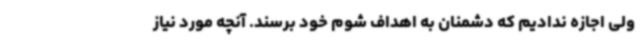
ولی اجازه ندادیم که دشمنان به اهداف شوم خود برسند. آنچه مورد نیاز